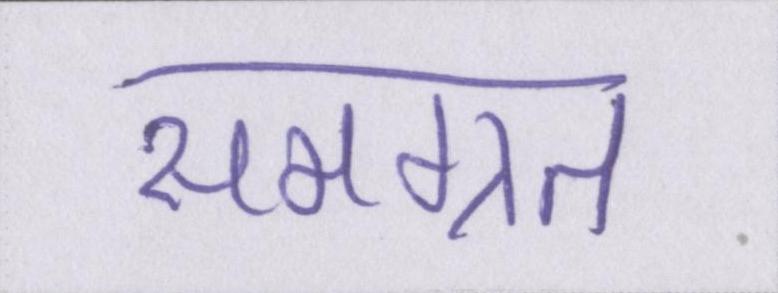
समग्रत